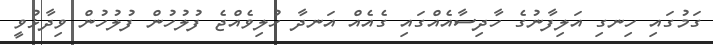
ގަމުގައި ހިނގި އަލިފާނުގެ ހާދިސާއެއްގައި ގެއެއް އަނދާ ހުލިވެއްޖެ ފުލުހުން ފުލުހުން ވިދާޅުވީ